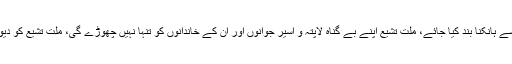
انہوں نے کہا کہ دہشتگردوں عناصر اور محب وطن ملت تشیع کو ایک ہی لاٹھی سے ہانکنا بند کیا جائے، ملت تشیع اپنے بے گناہ لاپتہ و اسیر جوانوں اور ان کے خاندانوں کو تنہا نہیں چھوڑے گی، ملت تشیع کو دیوار سے لگانے کا سلسلہ بند کیا جائے، ورنہ سڑکوں پر آنے کیلئے مجبور ہونگے۔